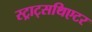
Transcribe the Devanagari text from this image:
स्ट्राट्सथिएटर